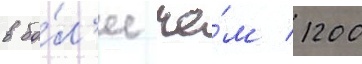
в бо́л'ее че́м 1200